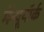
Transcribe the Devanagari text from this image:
मेंन्यूयॉर्क